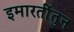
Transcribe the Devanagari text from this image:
इमारतींतुन